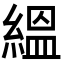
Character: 縕